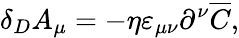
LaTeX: \delta_{D}A_{\mu}=-\eta\varepsilon_{\mu\nu}\partial^{\nu}\overline{{C}},